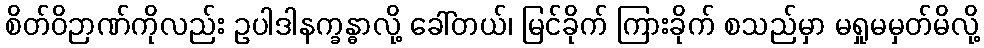
စိတ်ဝိဉာဏ်ကိုလည်း ဥပါဒါနက္ခန္ဓာလို့ ခေါ်တယ်၊ မြင်ခိုက် ကြားခိုက် စသည်မှာ မရှုမမှတ်မိလို့